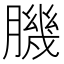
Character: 𦠄